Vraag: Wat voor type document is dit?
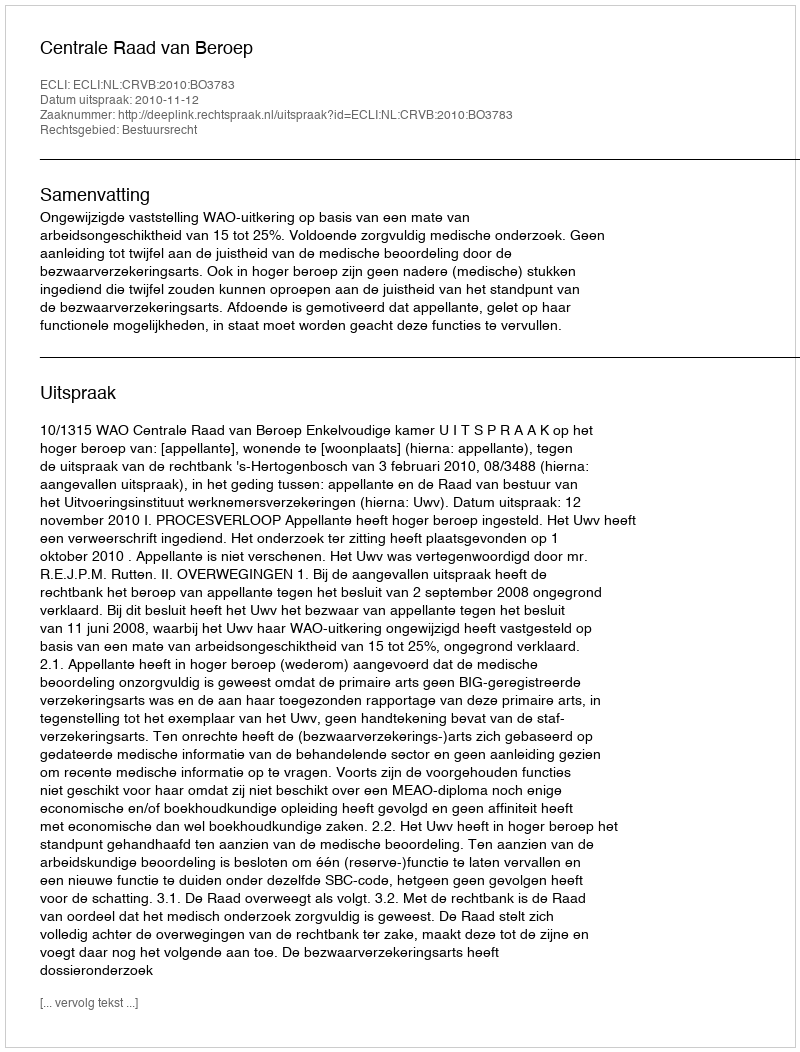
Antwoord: Uitspraak